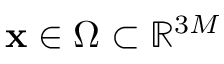
\mathbf { x } \in \Omega \subset \mathbb { R } ^ { 3 M }